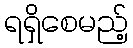
ရရှိစေမည့်